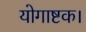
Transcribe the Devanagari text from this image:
योगाष्टक।